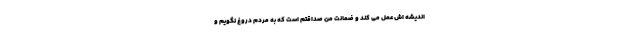
اندیشه اش عمل می کند و ضمانت من صداقتم است که به مردم دروغ نگویم و